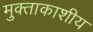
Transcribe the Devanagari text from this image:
मुक्ताकाशीय